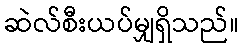
ဆဲလ်စီးယပ်မျှရှိသည်။